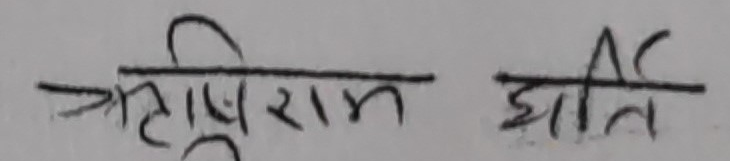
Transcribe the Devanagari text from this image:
प्रतिष्ठाराम इर्ति